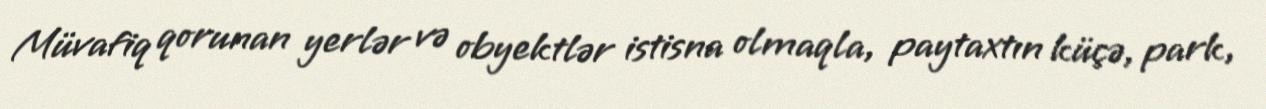
Müvafiq qorunan yerlər və obyektlər istisna olmaqla, paytaxtın küçə, park,